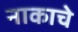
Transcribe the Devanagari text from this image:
नाकाचे